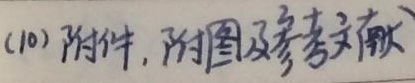
(10) 附件，附图及参考文献